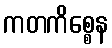
ကတကိစ္စေန